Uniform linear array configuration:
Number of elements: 24
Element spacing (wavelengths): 1
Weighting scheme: blackman
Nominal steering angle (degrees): -30
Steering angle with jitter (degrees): -30.186
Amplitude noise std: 0.05
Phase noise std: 0.05

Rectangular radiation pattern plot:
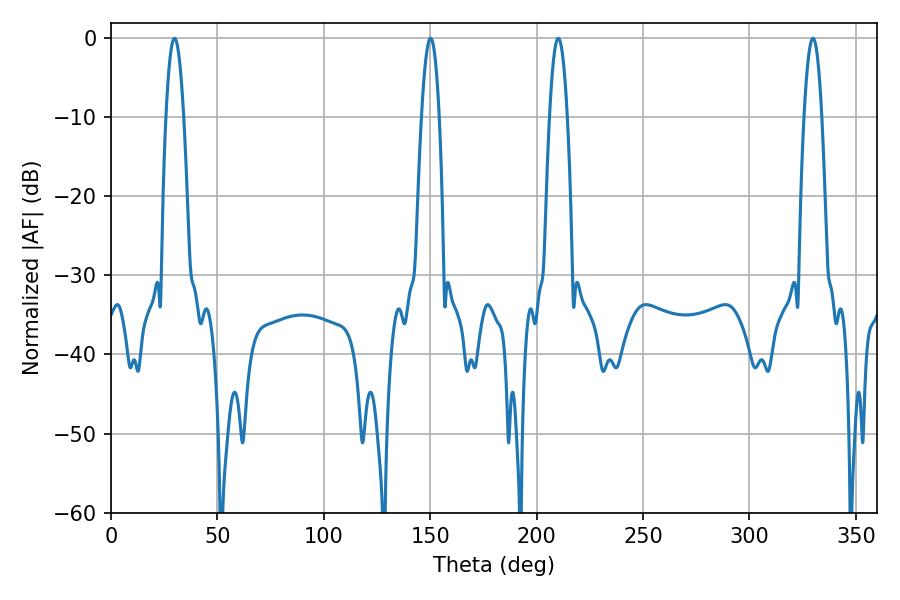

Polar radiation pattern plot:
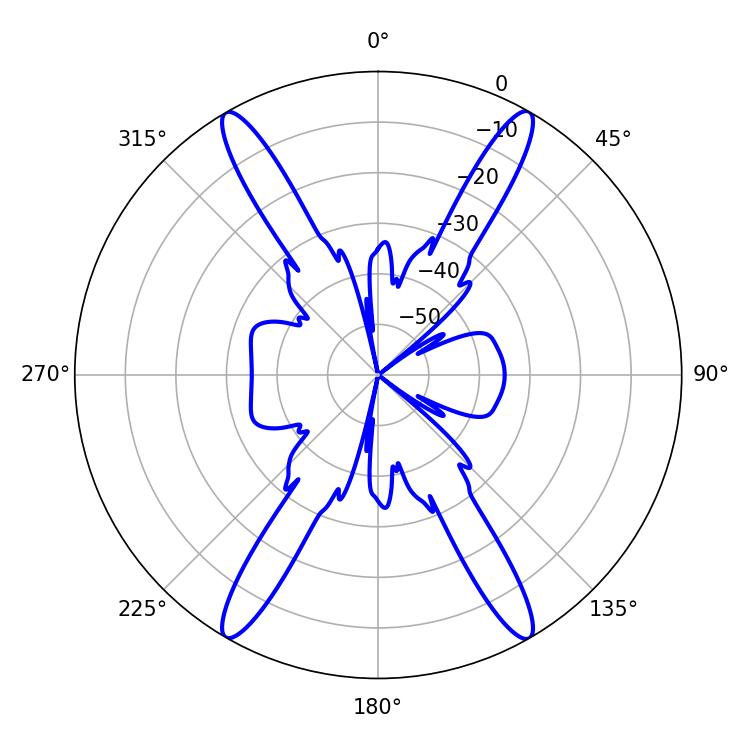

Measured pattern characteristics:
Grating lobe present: TRUE
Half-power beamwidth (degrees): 4.68
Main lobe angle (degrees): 29.88